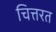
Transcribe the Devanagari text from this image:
चित्तरत